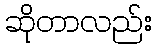
ဆိုတာလည်း